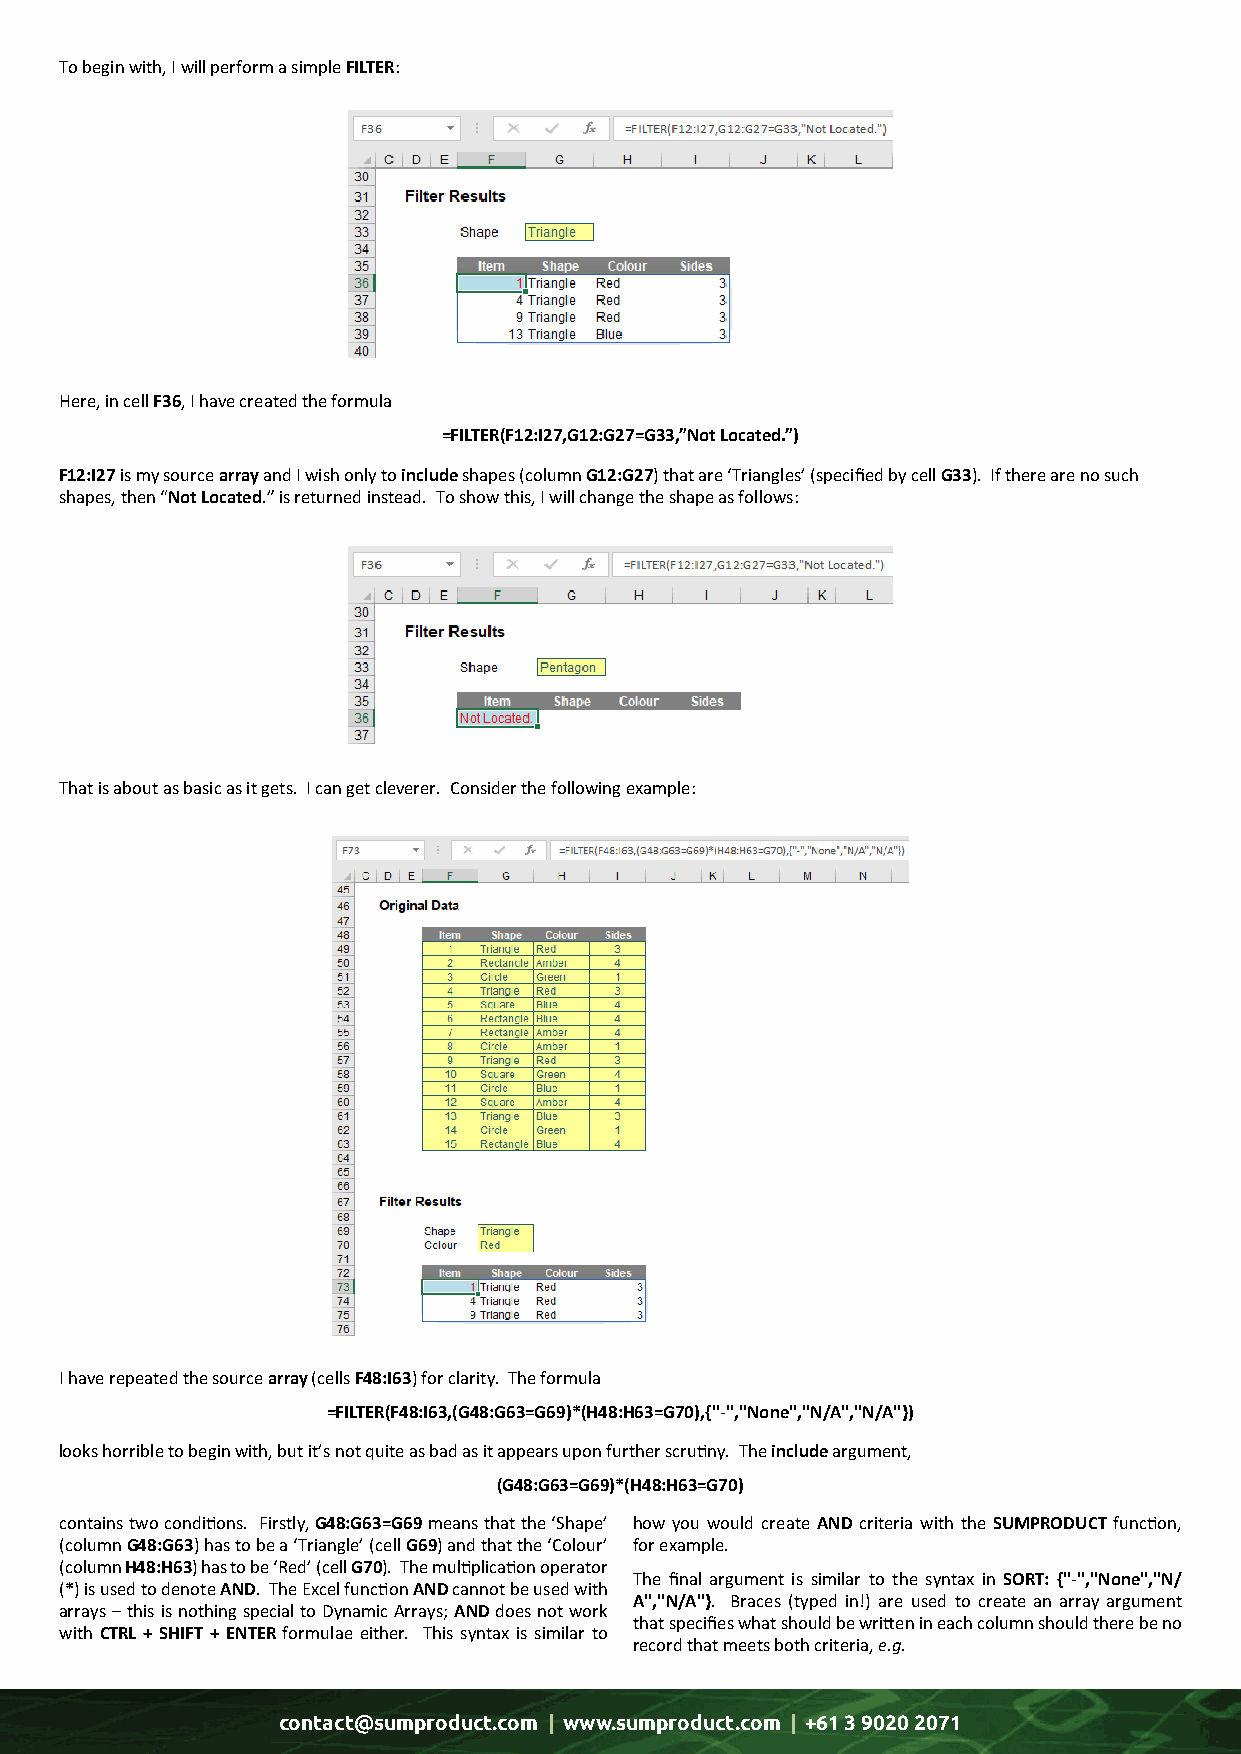
To begin with, I will perform a simple FILTER:
 Here, in cell F36, I have created the formula
 =FILTER(F12:I27,G12:G27=G33,”Not Located.”)
 F12:I27 is my source array and I wish only to include shapes (column G12:G27) that are ‘Triangles’ (specified by cell G33). If there are no such
 shapes, then “Not Located.” is returned instead. To show this, I will change the shape as follows:
 That is about as basic as it gets. I can get cleverer. Consider the following example:
 I have repeated the source array (cells F48:I63) for clarity. The formula
 =FILTER(F48:I63,(G48:G63=G69)*(H48:H63=G70),{"-","None","N/A","N/A"})
 looks horrible to begin with, but it’s not quite as bad as it appears upon further scrutiny. The include argument,
 (G48:G63=G69)*(H48:H63=G70)
 contains two conditions. Firstly, G48:G63=G69 means that the ‘Shape’ how you would create AND criteria with the SUMPRODUCT function,
 (column G48:G63) has to be a ‘Triangle’ (cell G69) and that the ‘Colour’ for example.
 (column H48:H63) has to be ‘Red’ (cell G70). The multiplication operator
 The final argument is similar to the syntax in SORT: {"-","None","N/
 (*) is used to denote AND. The Excel function AND cannot be used with
 A","N/A"}. Braces (typed in!) are used to create an array argument
 arrays – this is nothing special to Dynamic Arrays; AND does not work
 that specifies what should be written in each column should there be no
 with CTRL + SHIFT + ENTER formulae either. This syntax is similar to
 record that meets both criteria, e.g.
 contact@sumproduct.com | www.sumproduct.com | +61 3 9020 2071